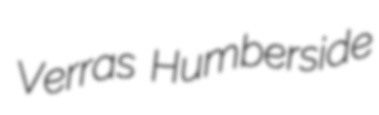
Verras Humberside